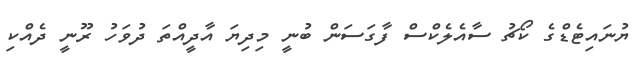
ޔުނައިޓެޑްގެ ކޯޗު ސާއެލެކްސް ފާގަސަން ބުނީ މިދިޔަ އާދީއްތަ ދުވަހު ރޫނީ ދެއްކި